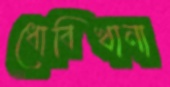
ধোবিখানা